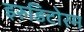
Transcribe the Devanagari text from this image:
इरुडिटोरम